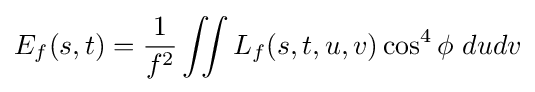
E_{f}(s,t)={1 \over f^{2}}\iint L_{f}(s,t,u,v)\cos ^{4}\phi ~dudv